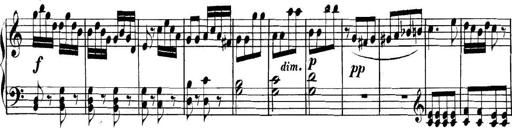
Title: Collected Piano Sonatas
Composer: Muzio Clementi